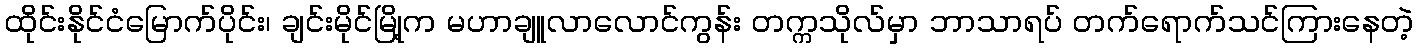
ထိုင်းနိုင်ငံမြောက်ပိုင်း၊ ချင်းမိုင်မြို့က မဟာချူလာလောင်ကွန်း တက္ကသိုလ်မှာ ဘာသာရပ် တက်ရောက်သင်ကြားနေတဲ့